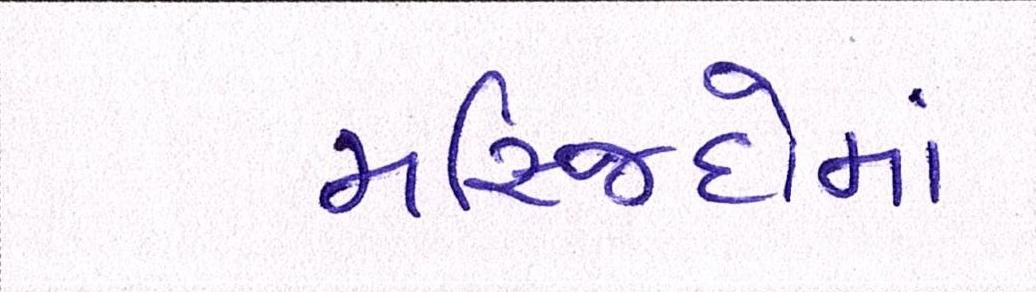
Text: મસ્જિદોમાં